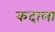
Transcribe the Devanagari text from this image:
कदाला